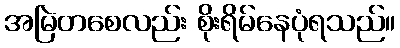
အမြဲတစေလည်း စိုးရိမ်နေပုံရသည်။